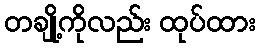
တချို့ကိုလည်း ထုပ်ထား